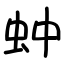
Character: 蚛